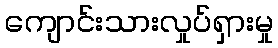
ကျောင်းသားလှုပ်ရှားမှု